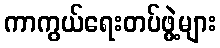
ကာကွယ်ရေးတပ်ဖွဲ့များ